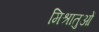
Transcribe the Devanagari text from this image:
मिश्रातुओं